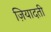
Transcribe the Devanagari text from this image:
ज़ियादती